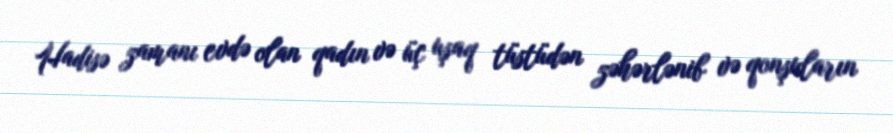
Hadisə zamanı evdə olan qadın və üç uşaq tüstüdən zəhərlənib və qonşuların